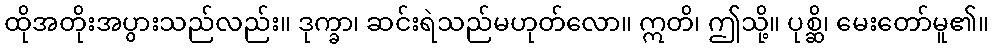
ထိုအတိုးအပွားသည်လည်း။ ဒုက္ခာ၊ ဆင်းရဲသည်မဟုတ်လော။ ဣတိ၊ ဤသို့။ ပုစ္ဆိ၊ မေးတော်မူ၏။